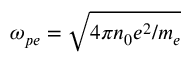
\omega _ { p e } = \sqrt { 4 \pi n _ { 0 } e ^ { 2 } / m _ { e } }